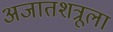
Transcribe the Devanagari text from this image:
अजातशत्रूला